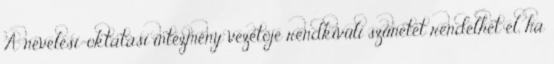
A nevelési-oktatási intézmény vezetője rendkívüli szünetet rendelhet el, ha